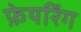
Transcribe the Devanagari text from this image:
फ़ेयरिंग